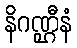
နိဂဏ္ဌီနံ